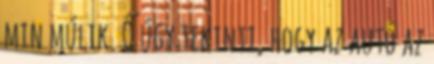
min múlik. Ő úgy tekinti, hogy az autó az